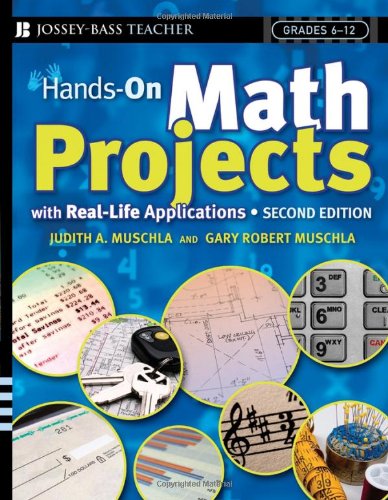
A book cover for Hands-On Math Projects With Real-Life Applications: Grades 6-12; Judith A. Muschla; Science & Math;